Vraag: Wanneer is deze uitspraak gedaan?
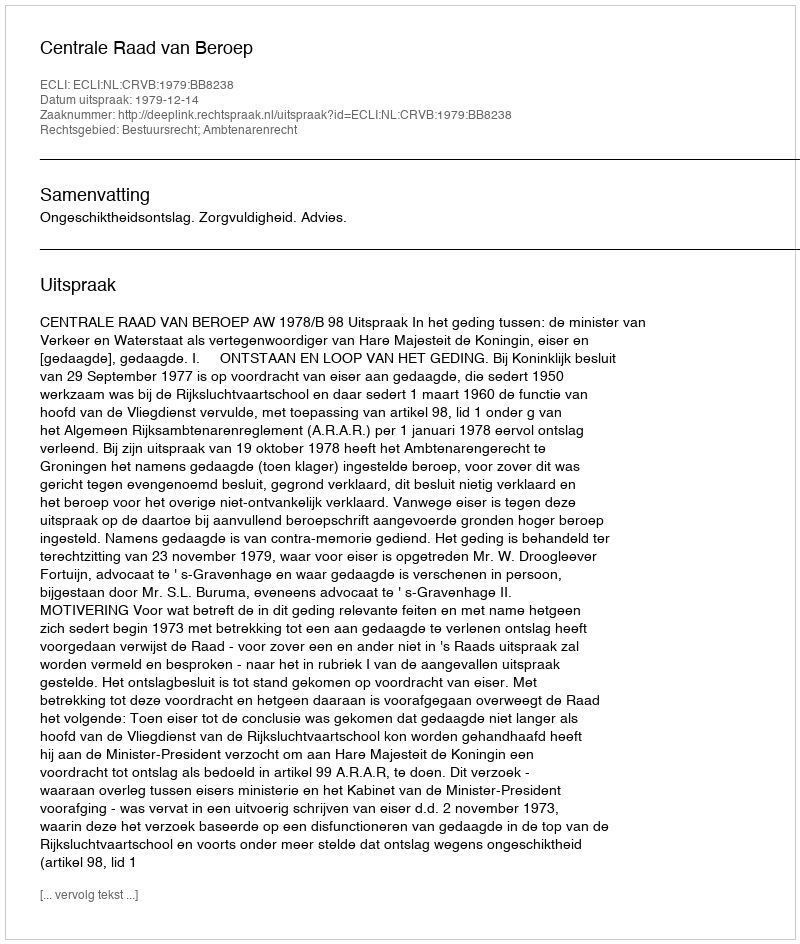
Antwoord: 1979-12-14